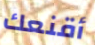
أقنعك